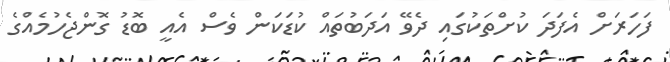
ފަހަރަށް އެފަދަ ކުށްތަކުގައި ދެވޭ އަދަބުތައް ކުޑަކަން ވެސް އެއީ ބޮޑު ގޮންޖެހުމެއްގެ